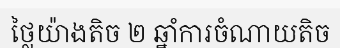
ថ្លៃយ៉ាងតិច ២ ឆ្នាំការចំណាយតិច